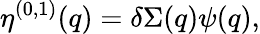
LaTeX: \eta^{(0,1)}(q)=\delta\Sigma(q)\psi(q),